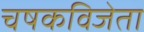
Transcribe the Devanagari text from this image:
चषकविजेता